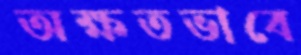
অক্ষতভাবে